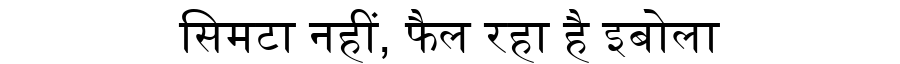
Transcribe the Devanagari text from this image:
सिमटा नहीं, फैल रहा है इबोला